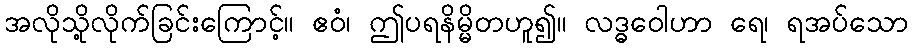
အလိုသို့လိုက်ခြင်းကြောင့်။ ဧဝံ၊ ဤပရနိမ္မိတဟူ၍။ လဒ္ဓဝေါဟာ ရေ၊ ရအပ်သော